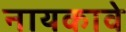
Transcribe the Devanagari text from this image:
नायकावे